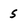
Character: 5